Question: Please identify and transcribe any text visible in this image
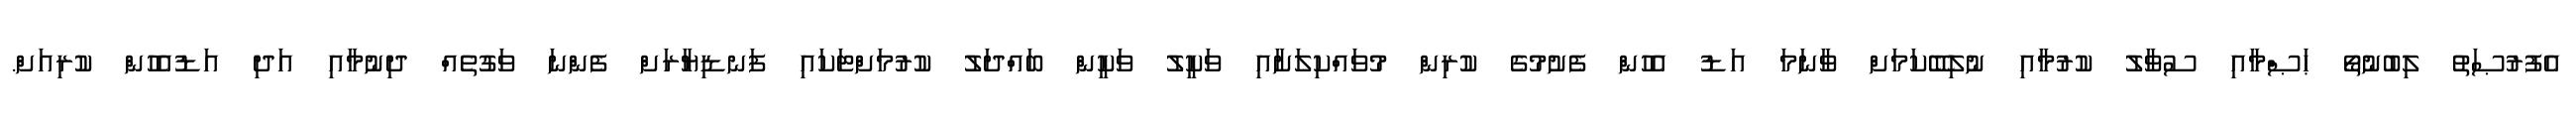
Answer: އެފުރުޞަތު ލިބުނުތޯ ޙަޞްމާއި ސުވާލު ކުރުމާއި ނުލިބޭކަމަށް ވާނަމަ އަޑު އެހުން ފެށުމުގެ ކުރިން މުވައްކިލަށާއި ވަކީލު ވަކީން ބައްދަލު ކުރުމަށްޓަކައި ފަނޑިޔާރަށް ފެންނަ ވަގުތެއް ދިނުމާއި އަދި އަޑުއެހުން ކުރިއަށް.